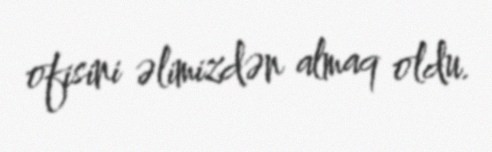
ofisini əlimizdən almaq oldu.